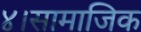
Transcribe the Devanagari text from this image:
४।सामाजिक